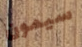
سيمون